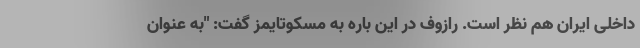
داخلی ایران هم نظر است. رازوف در این باره به مسکوتایمز گفت: "به عنوان